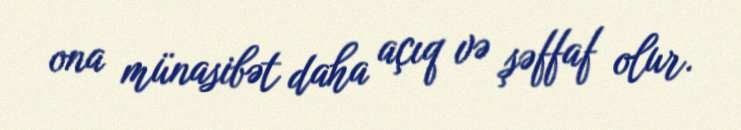
ona münasibət daha açıq və şəffaf olur.